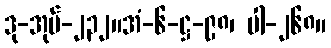
ဒု-အုပ်-၂၃၂။အံ-၆-ဋ္ဌ-၉၈၊ ပါ-၂၆၈။